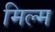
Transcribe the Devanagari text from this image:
मिल्म